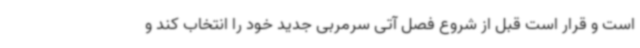
است و قرار است قبل از شروع فصل آتی سرمربی جدید خود را انتخاب کند و